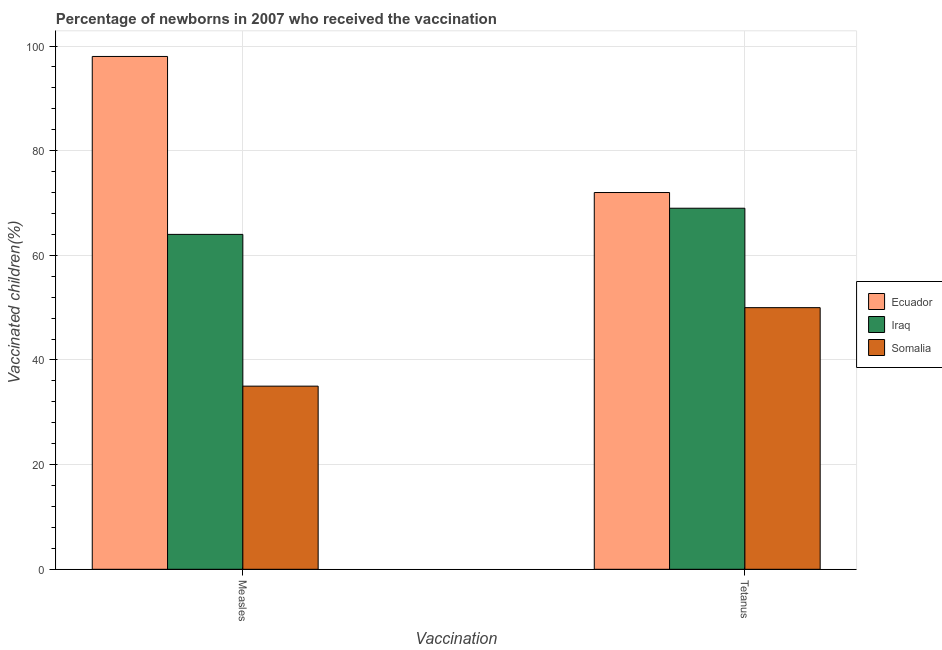
| Vaccination | Ecuador | Iraq | Somalia |
 | --- | --- | --- | --- |
 | Measles | 98 | 64 | 35 |
 | Tetanus | 72 | 69 | 50 |